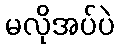
မလိုအပ်ပဲ